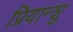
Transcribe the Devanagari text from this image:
प्रियान्शु